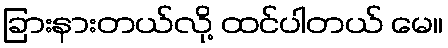
ခြားနားတယ်လို့ ထင်ပါတယ် မေ။